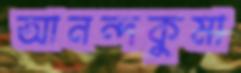
আনন্দকুমা